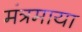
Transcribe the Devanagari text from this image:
मंत्रमाया